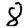
Digit: 8